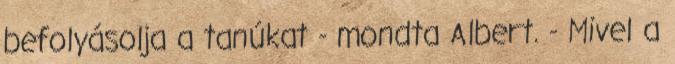
befolyásolja a tanúkat - mondta Albert. - Mivel a